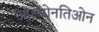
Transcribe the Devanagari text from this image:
ओक्ष्य्गेनतिओन